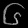
Digit: ၆